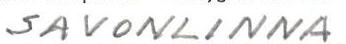
SAVONLINNA